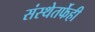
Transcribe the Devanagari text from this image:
संस्थेतर्फेही